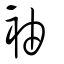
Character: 袖